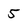
Character: 5